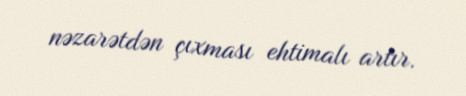
nəzarətdən çıxması ehtimalı artır.